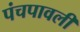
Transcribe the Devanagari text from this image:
पंचपावली